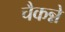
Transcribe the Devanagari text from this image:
चैकन्ने